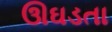
ઊઘડતા